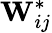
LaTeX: \mathbf{W}_{ij}^{*}